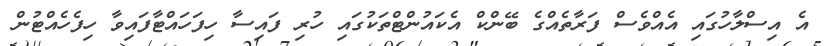
އެ އިސްލާހުގައި އެއްވެސް ފަރާތެއްގެ ބޭންކް އެކައުންޓްތަކުގައި ހުރި ފައިސާ ހިފަހައްޓާފައިވާ ހިފެހެއްޓުން